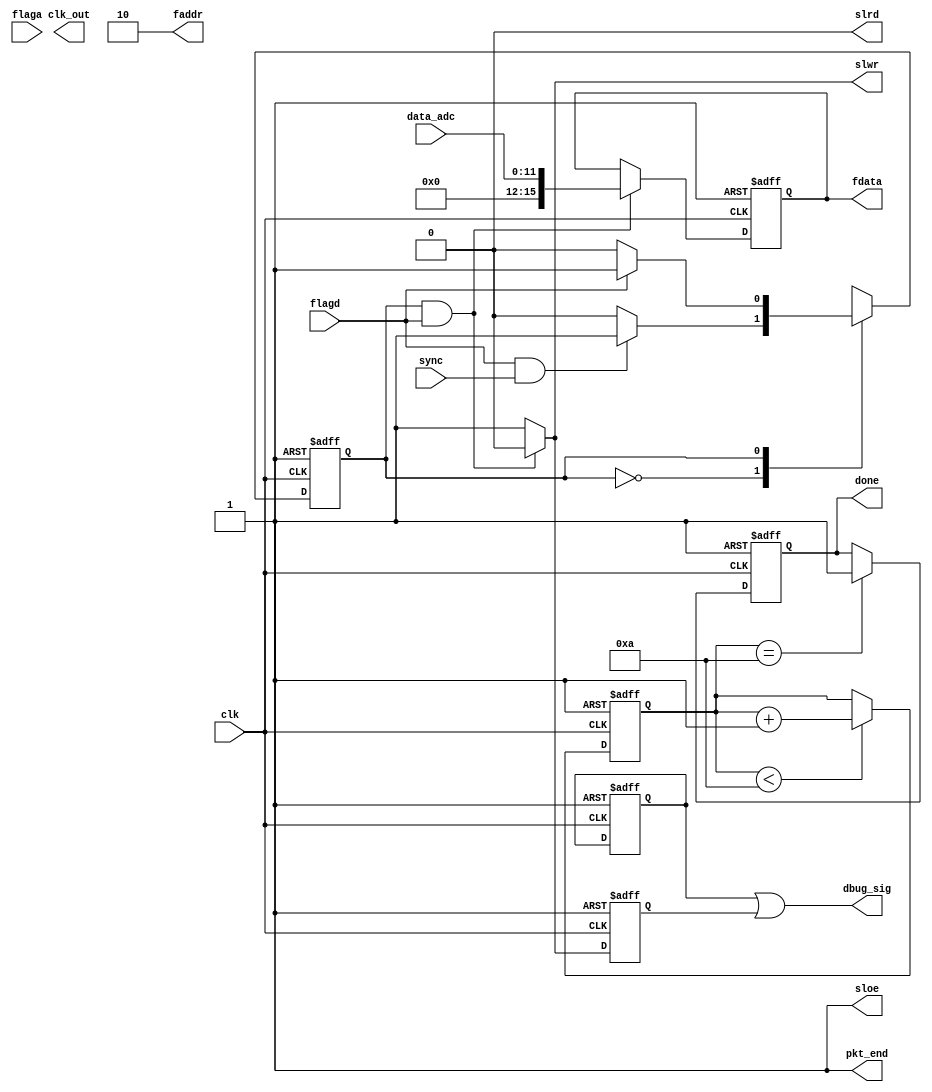
module DE1_in_stream(
//	reset_n,
	fdata,  
        faddr,  
        slrd,   
        slwr,   
        sloe,              
        flagd,  
        flaga,  
        clk,    
        clk_out,
	pkt_end,
	done,
	sync,
	dbug_sig,
	data_adc
);

//input reset_n;
output [15:0]fdata;
input [11:0]data_adc;
input flaga;
input flagd;
input clk;

output clk_out; 
output [1:0]faddr;
output sloe;
output slwr;
output slrd;
output pkt_end;
output done;
input sync;

output dbug_sig;

reg slrd_n = 1'b0; //1'b0
reg slwr_n = 1'b1; //1'b1
reg sloe_n = 1'b1; //1'b1 (considerar adicionar um 
								 //bloco initial para as inicializaoes)
reg slrd_d_n;


reg [7:0] fifo_data_in;
reg [7:0] fifo_data_out;
reg [15:0] data_out1;
reg [7:0] data_out2;

wire reset_n;
wire reset = 1'b0; //1'b0;

parameter stream_in_idle   = 1'b0;
parameter stream_in_write  = 1'b1;

reg current_stream_in_state;
reg next_stream_in_state;

reg done_d;
reg [3:0]wait_s;

wire clk_out_0;
wire clk_out_90;
wire clk_out_180;
wire clk_out_270;

reg [7:0]count;


/*ODDR2 oddr2_inst
	(
	 .D0(1'b1),
	 .D1(1'b0),
	 .CE(1'b1),
	 .C0(clk_out_180),  
	 .C1(!clk_out_180), 
	 .R (1'b0),
	 .S (1'b0),
	 .Q (clk_out)
	);
	
		
clk_wiz_v3_6 clk_inst  	                                   // PLL
	(
	 .CLK_IN1  (clk),
	 .CLK_OUT1 (clk_out_0),		
	 .CLK_OUT2 (clk_out_90),
	 .CLK_OUT3 (clk_out_180),
	 .CLK_OUT4 (clk_out_270),
	 .RESET    (1'b0),
	 .LOCKED   (//reset_n//lock)
		);
*/


assign reset_n = ~reset;

assign clk_out_0 = clk;
assign slwr = slwr_n;
assign slrd = slrd_n;
assign sloe = sloe_n;
assign pkt_end = 1'b1;
//assign fdata[7:0] = data_out2[7:0];
assign fdata[15:0] = data_out1[15:0];
assign faddr = 2'b10;
assign done = done_d;


always@(posedge clk_out_0, negedge reset_n) begin
	if(reset_n == 1'b0)begin
		done_d <= 1'b0;
 	end else if(wait_s == 4'd10) begin
		done_d <= 1'b1;

	end
end	

always@(posedge clk_out_0, negedge reset_n) begin
	if(reset_n == 1'b0)begin
		wait_s <= 4'd0;
 	end else if(wait_s < 4'd10) begin
		wait_s <= wait_s + 1'b1;

	end
end	



//write control signal generation
always@(*)begin
	if((current_stream_in_state == stream_in_write) & (flagd == 1'b1))
		slwr_n <= 1'b0;
	else
		slwr_n <= 1'b1;
end

//dbugging 
reg flagd_d;
reg slwr_n_d;

always@(posedge clk_out_0, negedge reset_n) begin
	if(reset_n == 1'b0)begin
		flagd_d  <= 1'b0;
		slwr_n_d <= 1'b1;
 	end else begin
		flagd_d  <= flagd_d;
		slwr_n_d <= slwr_n;
	end
end	

assign dbug_sig = flagd_d | slwr_n_d;

//loopback mode state machine 
always@(posedge clk_out_0, negedge reset_n) begin
	if(reset_n == 1'b0)
      		current_stream_in_state <= stream_in_idle;
        else
                current_stream_in_state <= next_stream_in_state;
end

//LoopBack mode state machine combo
always@(*) begin
	next_stream_in_state = current_stream_in_state;
	case(current_stream_in_state)
		stream_in_idle:begin
			if((flagd == 1'b1) & (sync == 1'b1))
				next_stream_in_state = stream_in_write;
			else
				next_stream_in_state = stream_in_idle;
		end
		stream_in_write:begin
			if(flagd == 1'b0)
				next_stream_in_state = stream_in_idle;
			else
				next_stream_in_state = stream_in_write;
		end
		default: 
			next_stream_in_state = stream_in_idle;
	endcase
end


//data generator counter

always@(posedge clk_out_0, negedge reset_n)begin
	if(reset_n == 1'b0)
		data_out1 <= 8'd0;//data_out1 <= 16'd0;
	else if(slwr_n == 1'b0)
		data_out1 <= {4'd0,data_adc};
		/*count <= count+1;
	   case (count)
			 8'b00000000: data_out2 <= 8'b01111111;
			 8'b00000001: data_out2 <= 8'b10000010;
			 8'b00000010: data_out2 <= 8'b10000101;
			 8'b00000011: data_out2 <= 8'b10001000;
			 8'b00000100: data_out2 <= 8'b10001011;
			 8'b00000101: data_out2 <= 8'b10001111;
			 8'b00000110: data_out2 <= 8'b10010010;
			 8'b00000111: data_out2 <= 8'b10010101;
			 8'b00001000: data_out2 <= 8'b10011000;
			 8'b00001001: data_out2 <= 8'b10011011;
			 8'b00001010: data_out2 <= 8'b10011110;
			 8'b00001011: data_out2 <= 8'b10100001;
			 8'b00001100: data_out2 <= 8'b10100100;
			 8'b00001101: data_out2 <= 8'b10100111;
			 8'b00001110: data_out2 <= 8'b10101010;
			 8'b00001111: data_out2 <= 8'b10101101;
			 8'b00010000: data_out2 <= 8'b10110000;
			 8'b00010001: data_out2 <= 8'b10110011;
			 8'b00010010: data_out2 <= 8'b10110101;
			 8'b00010011: data_out2 <= 8'b10111000;
			 8'b00010100: data_out2 <= 8'b10111011;
			 8'b00010101: data_out2 <= 8'b10111110;
			 8'b00010110: data_out2 <= 8'b11000001;
			 8'b00010111: data_out2 <= 8'b11000011;
			 8'b00011000: data_out2 <= 8'b11000110;
			 8'b00011001: data_out2 <= 8'b11001000;
			 8'b00011010: data_out2 <= 8'b11001011;
			 8'b00011011: data_out2 <= 8'b11001101;
			 8'b00011100: data_out2 <= 8'b11010000;
			 8'b00011101: data_out2 <= 8'b11010010;
			 8'b00011110: data_out2 <= 8'b11010101;
			 8'b00011111: data_out2 <= 8'b11010111;
			 8'b00100000: data_out2 <= 8'b11011001;
			 8'b00100001: data_out2 <= 8'b11011011;
			 8'b00100010: data_out2 <= 8'b11011101;
			 8'b00100011: data_out2 <= 8'b11011111;
			 8'b00100100: data_out2 <= 8'b11100001;
			 8'b00100101: data_out2 <= 8'b11100011;
			 8'b00100110: data_out2 <= 8'b11100101;
			 8'b00100111: data_out2 <= 8'b11100111;
			 8'b00101000: data_out2 <= 8'b11101001;
			 8'b00101001: data_out2 <= 8'b11101011;
			 8'b00101010: data_out2 <= 8'b11101100;
			 8'b00101011: data_out2 <= 8'b11101110;
			 8'b00101100: data_out2 <= 8'b11101111;
			 8'b00101101: data_out2 <= 8'b11110001;
			 8'b00101110: data_out2 <= 8'b11110010;
			 8'b00101111: data_out2 <= 8'b11110011;
			 8'b00110000: data_out2 <= 8'b11110101;
			 8'b00110001: data_out2 <= 8'b11110110;
			 8'b00110010: data_out2 <= 8'b11110111;
			 8'b00110011: data_out2 <= 8'b11111000;
			 8'b00110100: data_out2 <= 8'b11111001;
			 8'b00110101: data_out2 <= 8'b11111010;
			 8'b00110110: data_out2 <= 8'b11111010;
			 8'b00110111: data_out2 <= 8'b11111011;
			 8'b00111000: data_out2 <= 8'b11111100;
			 8'b00111001: data_out2 <= 8'b11111100;
			 8'b00111010: data_out2 <= 8'b11111101;
			 8'b00111011: data_out2 <= 8'b11111101;
			 8'b00111100: data_out2 <= 8'b11111101;
			 8'b00111101: data_out2 <= 8'b11111110;
			 8'b00111110: data_out2 <= 8'b11111110;
			 8'b00111111: data_out2 <= 8'b11111110;
			 8'b01000000: data_out2 <= 8'b11111110;
			 8'b01000001: data_out2 <= 8'b11111110;
			 8'b01000010: data_out2 <= 8'b11111110;
			 8'b01000011: data_out2 <= 8'b11111110;
			 8'b01000100: data_out2 <= 8'b11111101;
			 8'b01000101: data_out2 <= 8'b11111101;
			 8'b01000110: data_out2 <= 8'b11111100;
			 8'b01000111: data_out2 <= 8'b11111100;
			 8'b01001000: data_out2 <= 8'b11111011;
			 8'b01001001: data_out2 <= 8'b11111011;
			 8'b01001010: data_out2 <= 8'b11111010;
			 8'b01001011: data_out2 <= 8'b11111001;
			 8'b01001100: data_out2 <= 8'b11111000;
			 8'b01001101: data_out2 <= 8'b11110111;
			 8'b01001110: data_out2 <= 8'b11110110;
			 8'b01001111: data_out2 <= 8'b11110101;
			 8'b01010000: data_out2 <= 8'b11110100;
			 8'b01010001: data_out2 <= 8'b11110011;
			 8'b01010010: data_out2 <= 8'b11110001;
			 8'b01010011: data_out2 <= 8'b11110000;
			 8'b01010100: data_out2 <= 8'b11101111;
			 8'b01010101: data_out2 <= 8'b11101101;
			 8'b01010110: data_out2 <= 8'b11101011;
			 8'b01010111: data_out2 <= 8'b11101010;
			 8'b01011000: data_out2 <= 8'b11101000;
			 8'b01011001: data_out2 <= 8'b11100110;
			 8'b01011010: data_out2 <= 8'b11100100;
			 8'b01011011: data_out2 <= 8'b11100010;
			 8'b01011100: data_out2 <= 8'b11100000;
			 8'b01011101: data_out2 <= 8'b11011110;
			 8'b01011110: data_out2 <= 8'b11011100;
			 8'b01011111: data_out2 <= 8'b11011010;
			 8'b01100000: data_out2 <= 8'b11011000;
			 8'b01100001: data_out2 <= 8'b11010110;
			 8'b01100010: data_out2 <= 8'b11010011;
			 8'b01100011: data_out2 <= 8'b11010001;
			 8'b01100100: data_out2 <= 8'b11001111;
			 8'b01100101: data_out2 <= 8'b11001100;
			 8'b01100110: data_out2 <= 8'b11001010;
			 8'b01100111: data_out2 <= 8'b11000111;
			 8'b01101000: data_out2 <= 8'b11000100;
			 8'b01101001: data_out2 <= 8'b11000010;
			 8'b01101010: data_out2 <= 8'b10111111;
			 8'b01101011: data_out2 <= 8'b10111100;
			 8'b01101100: data_out2 <= 8'b10111010;
			 8'b01101101: data_out2 <= 8'b10110111;
			 8'b01101110: data_out2 <= 8'b10110100;
			 8'b01101111: data_out2 <= 8'b10110001;
			 8'b01110000: data_out2 <= 8'b10101110;
			 8'b01110001: data_out2 <= 8'b10101011;
			 8'b01110010: data_out2 <= 8'b10101000;
			 8'b01110011: data_out2 <= 8'b10100110;
			 8'b01110100: data_out2 <= 8'b10100011;
			 8'b01110101: data_out2 <= 8'b10011111;
			 8'b01110110: data_out2 <= 8'b10011100;
			 8'b01110111: data_out2 <= 8'b10011001;
			 8'b01111000: data_out2 <= 8'b10010110;
			 8'b01111001: data_out2 <= 8'b10010011;
			 8'b01111010: data_out2 <= 8'b10010000;
			 8'b01111011: data_out2 <= 8'b10001101;
			 8'b01111100: data_out2 <= 8'b10001010;
			 8'b01111101: data_out2 <= 8'b10000111;
			 8'b01111110: data_out2 <= 8'b10000100;
			 8'b01111111: data_out2 <= 8'b10000001;
			 8'b10000000: data_out2 <= 8'b01111101;
			 8'b10000001: data_out2 <= 8'b01111010;
			 8'b10000010: data_out2 <= 8'b01110111;
			 8'b10000011: data_out2 <= 8'b01110100;
			 8'b10000100: data_out2 <= 8'b01110001;
			 8'b10000101: data_out2 <= 8'b01101110;
			 8'b10000110: data_out2 <= 8'b01101011;
			 8'b10000111: data_out2 <= 8'b01101000;
			 8'b10001000: data_out2 <= 8'b01100101;
			 8'b10001001: data_out2 <= 8'b01100010;
			 8'b10001010: data_out2 <= 8'b01011111;
			 8'b10001011: data_out2 <= 8'b01011011;
			 8'b10001100: data_out2 <= 8'b01011000;
			 8'b10001101: data_out2 <= 8'b01010110;
			 8'b10001110: data_out2 <= 8'b01010011;
			 8'b10001111: data_out2 <= 8'b01010000;
			 8'b10010000: data_out2 <= 8'b01001101;
			 8'b10010001: data_out2 <= 8'b01001010;
			 8'b10010010: data_out2 <= 8'b01000111;
			 8'b10010011: data_out2 <= 8'b01000100;
			 8'b10010100: data_out2 <= 8'b01000010;
			 8'b10010101: data_out2 <= 8'b00111111;
			 8'b10010110: data_out2 <= 8'b00111100;
			 8'b10010111: data_out2 <= 8'b00111010;
			 8'b10011000: data_out2 <= 8'b00110111;
			 8'b10011001: data_out2 <= 8'b00110100;
			 8'b10011010: data_out2 <= 8'b00110010;
			 8'b10011011: data_out2 <= 8'b00101111;
			 8'b10011100: data_out2 <= 8'b00101101;
			 8'b10011101: data_out2 <= 8'b00101011;
			 8'b10011110: data_out2 <= 8'b00101000;
			 8'b10011111: data_out2 <= 8'b00100110;
			 8'b10100000: data_out2 <= 8'b00100100;
			 8'b10100001: data_out2 <= 8'b00100010;
			 8'b10100010: data_out2 <= 8'b00100000;
			 8'b10100011: data_out2 <= 8'b00011110;
			 8'b10100100: data_out2 <= 8'b00011100;
			 8'b10100101: data_out2 <= 8'b00011010;
			 8'b10100110: data_out2 <= 8'b00011000;
			 8'b10100111: data_out2 <= 8'b00010110;
			 8'b10101000: data_out2 <= 8'b00010100;
			 8'b10101001: data_out2 <= 8'b00010011;
			 8'b10101010: data_out2 <= 8'b00010001;
			 8'b10101011: data_out2 <= 8'b00001111;
			 8'b10101100: data_out2 <= 8'b00001110;
			 8'b10101101: data_out2 <= 8'b00001101;
			 8'b10101110: data_out2 <= 8'b00001011;
			 8'b10101111: data_out2 <= 8'b00001010;
			 8'b10110000: data_out2 <= 8'b00001001;
			 8'b10110001: data_out2 <= 8'b00001000;
			 8'b10110010: data_out2 <= 8'b00000111;
			 8'b10110011: data_out2 <= 8'b00000110;
			 8'b10110100: data_out2 <= 8'b00000101;
			 8'b10110101: data_out2 <= 8'b00000100;
			 8'b10110110: data_out2 <= 8'b00000011;
			 8'b10110111: data_out2 <= 8'b00000011;
			 8'b10111000: data_out2 <= 8'b00000010;
			 8'b10111001: data_out2 <= 8'b00000010;
			 8'b10111010: data_out2 <= 8'b00000001;
			 8'b10111011: data_out2 <= 8'b00000001;
			 8'b10111100: data_out2 <= 8'b00000000;
			 8'b10111101: data_out2 <= 8'b00000000;
			 8'b10111110: data_out2 <= 8'b00000000;
			 8'b10111111: data_out2 <= 8'b00000000;
			 8'b11000000: data_out2 <= 8'b00000000;
			 8'b11000001: data_out2 <= 8'b00000000;
			 8'b11000010: data_out2 <= 8'b00000000;
			 8'b11000011: data_out2 <= 8'b00000001;
			 8'b11000100: data_out2 <= 8'b00000001;
			 8'b11000101: data_out2 <= 8'b00000001;
			 8'b11000110: data_out2 <= 8'b00000010;
			 8'b11000111: data_out2 <= 8'b00000010;
			 8'b11001000: data_out2 <= 8'b00000011;
			 8'b11001001: data_out2 <= 8'b00000100;
			 8'b11001010: data_out2 <= 8'b00000100;
			 8'b11001011: data_out2 <= 8'b00000101;
			 8'b11001100: data_out2 <= 8'b00000110;
			 8'b11001101: data_out2 <= 8'b00000111;
			 8'b11001110: data_out2 <= 8'b00001000;
			 8'b11001111: data_out2 <= 8'b00001001;
			 8'b11010000: data_out2 <= 8'b00001011;
			 8'b11010001: data_out2 <= 8'b00001100;
			 8'b11010010: data_out2 <= 8'b00001101;
			 8'b11010011: data_out2 <= 8'b00001111;
			 8'b11010100: data_out2 <= 8'b00010000;
			 8'b11010101: data_out2 <= 8'b00010010;
			 8'b11010110: data_out2 <= 8'b00010011;
			 8'b11010111: data_out2 <= 8'b00010101;
			 8'b11011000: data_out2 <= 8'b00010111;
			 8'b11011001: data_out2 <= 8'b00011001;
			 8'b11011010: data_out2 <= 8'b00011011;
			 8'b11011011: data_out2 <= 8'b00011101;
			 8'b11011100: data_out2 <= 8'b00011111;
			 8'b11011101: data_out2 <= 8'b00100001;
			 8'b11011110: data_out2 <= 8'b00100011;
			 8'b11011111: data_out2 <= 8'b00100101;
			 8'b11100000: data_out2 <= 8'b00100111;
			 8'b11100001: data_out2 <= 8'b00101001;
			 8'b11100010: data_out2 <= 8'b00101100;
			 8'b11100011: data_out2 <= 8'b00101110;
			 8'b11100100: data_out2 <= 8'b00110001;
			 8'b11100101: data_out2 <= 8'b00110011;
			 8'b11100110: data_out2 <= 8'b00110110;
			 8'b11100111: data_out2 <= 8'b00111000;
			 8'b11101000: data_out2 <= 8'b00111011;
			 8'b11101001: data_out2 <= 8'b00111101;
			 8'b11101010: data_out2 <= 8'b01000000;
			 8'b11101011: data_out2 <= 8'b01000011;
			 8'b11101100: data_out2 <= 8'b01000110;
			 8'b11101101: data_out2 <= 8'b01001001;
			 8'b11101110: data_out2 <= 8'b01001011;
			 8'b11101111: data_out2 <= 8'b01001110;
			 8'b11110000: data_out2 <= 8'b01010001;
			 8'b11110001: data_out2 <= 8'b01010100;
			 8'b11110010: data_out2 <= 8'b01010111;
			 8'b11110011: data_out2 <= 8'b01011010;
			 8'b11110100: data_out2 <= 8'b01011101;
			 8'b11110101: data_out2 <= 8'b01100000;
			 8'b11110110: data_out2 <= 8'b01100011;
			 8'b11110111: data_out2 <= 8'b01100110;
			 8'b11111000: data_out2 <= 8'b01101001;
			 8'b11111001: data_out2 <= 8'b01101100;
			 8'b11111010: data_out2 <= 8'b01101111;
			 8'b11111011: data_out2 <= 8'b01110011;
			 8'b11111100: data_out2 <= 8'b01110110;
			 8'b11111101: data_out2 <= 8'b01111001;
			 8'b11111110: data_out2 <= 8'b01111100;
			default: data_out2 <= data_out2;
	  endcase*/
end	

/*always@(posedge clk_out_0, negedge reset_n)begin
	if(reset_n == 1'b0)
		data_out2 <= 8'd0;
	else if(slwr_n == 1'b0)
		data_out2 <= data_out2 + 8'd1;
end*/






endmodule